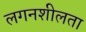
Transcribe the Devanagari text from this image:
लगनशीलता